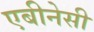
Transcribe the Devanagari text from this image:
एबीनेसी